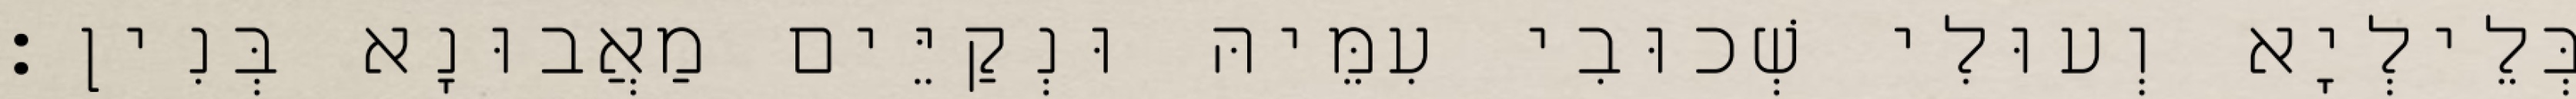
בְּלֵילְיָא וְעוּלִי שְׁכוּבִי עִמֵּיהּ וּנְקַיֵּים מַאֲבוּנָא בְּנִין׃